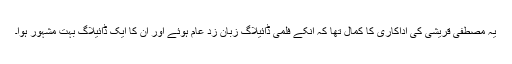
یہ مصطفیٰ قریشی کی اداکاری کا کمال تھا کہ انکے فلمی ڈائیلاگ زبان زد عام ہوئے اور ان کا ایک ڈائیلاگ بہت مشہور ہوا۔